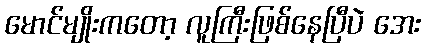
မောင်မျိုးကတော့ လူကြီးဖြစ်နေပြီပဲ အေး